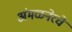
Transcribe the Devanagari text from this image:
अंमळनेरचे